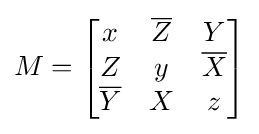
M={\begin{bmatrix}x&{\overline {Z}}&Y\\Z&y&{\overline {X}}\\{\overline {Y}}&X&z\end{bmatrix}}